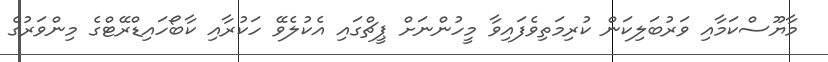
މާޔޫސްކަމާއި ވަރުބަލިކަން ކުރިމަތިވެފައިވާ މީހުންނަށް ޕީޗްގައި އެކުލެވޭ ހަކުރާއި ކާބޯހައިޑްރޭޓްގެ މިންވަރުގެ